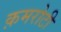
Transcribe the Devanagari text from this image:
क़मरोटी